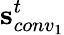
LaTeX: \mathbf{s}_{conv_{1}}^{t}